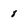
Character: 8